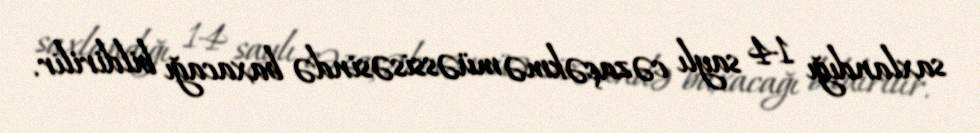
saxlandığı 14 saylı cəzaçəkmə müəssisəsində baxacağı bildirilir.